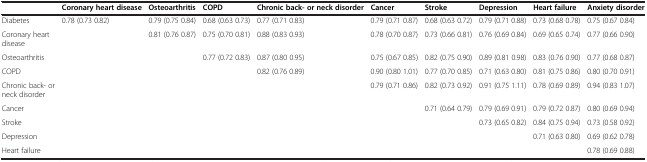
<table><thead><tr><td><b> </b></td><td><b>Coronary heart disease</b></td><td><b>Osteoarthritis</b></td><td><b>COPD</b></td><td><b>Chronic back- or neck disorder</b></td><td><b>Cancer</b></td><td><b>Stroke</b></td><td><b>Depression</b></td><td><b>Heart failure</b></td><td><b>Anxiety disorder</b></td></tr></thead><tbody><tr><td>Diabetes</td><td>0.78 (0.73 0.82)</td><td>0.79 (0.75 0.84)</td><td>0.68 (0.63 0.73)</td><td>0.77 (0.71 0.83)</td><td>0.79 (0.71 0.87)</td><td>0.68 (0.63 0.72)</td><td>0.79 (0.71 0.88)</td><td>0.73 (0.68 0.78)</td><td>0.75 (0.67 0.84)</td></tr><tr><td>Coronary heart disease</td><td> </td><td>0.81 (0.76 0.87)</td><td>0.75 (0.70 0.81)</td><td>0.88 (0.83 0.93)</td><td>0.78 (0.70 0.87)</td><td>0.73 (0.66 0.81)</td><td>0.76 (0.69 0.84)</td><td>0.69 (0.65 0.74)</td><td>0.77 (0.66 0.90)</td></tr><tr><td>Osteoarthritis</td><td> </td><td> </td><td>0.77 (0.72 0.83)</td><td>0.87 (0.80 0.95)</td><td>0.75 (0.67 0.85)</td><td>0.82 (0.75 0.90)</td><td>0.89 (0.81 0.98)</td><td>0.83 (0.76 0.90)</td><td>0.77 (0.68 0.87)</td></tr><tr><td>COPD</td><td> </td><td> </td><td> </td><td>0.82 (0.76 0.89)</td><td>0.90 (0.80 1.01)</td><td>0.77 (0.70 0.85)</td><td>0.71 (0.63 0.80)</td><td>0.81 (0.75 0.86)</td><td>0.80 (0.70 0.91)</td></tr><tr><td>Chronic back- or neck disorder</td><td> </td><td> </td><td> </td><td> </td><td>0.79 (0.71 0.86)</td><td>0.82 (0.73 0.92)</td><td>0.91 (0.75 1.11)</td><td>0.78 (0.69 0.89)</td><td>0.94 (0.83 1.07)</td></tr><tr><td>Cancer</td><td> </td><td> </td><td> </td><td> </td><td> </td><td>0.71 (0.64 0.79)</td><td>0.79 (0.69 0.91)</td><td>0.79 (0.72 0.87)</td><td>0.80 (0.69 0.94)</td></tr><tr><td>Stroke</td><td> </td><td> </td><td> </td><td> </td><td> </td><td> </td><td>0.73 (0.65 0.82)</td><td>0.84 (0.75 0.94)</td><td>0.73 (0.58 0.92)</td></tr><tr><td>Depression</td><td> </td><td> </td><td> </td><td> </td><td> </td><td> </td><td> </td><td>0.71 (0.63 0.80)</td><td>0.69 (0.62 0.78)</td></tr><tr><td>Heart failure</td><td> </td><td> </td><td> </td><td> </td><td> </td><td> </td><td> </td><td> </td><td>0.78 (0.69 0.88)</td></tr></tbody></table>